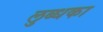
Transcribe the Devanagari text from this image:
लुब्धका